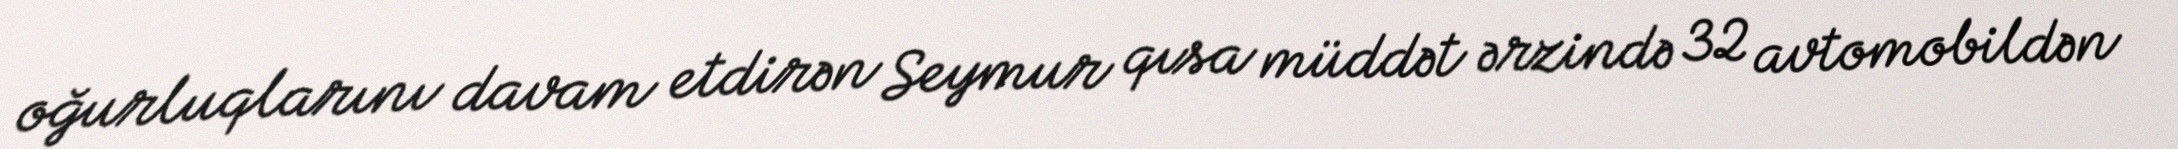
oğurluqlarını davam etdirən Seymur qısa müddət ərzində 32 avtomobildən